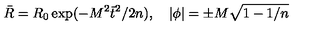
\bar { R } = R _ { 0 } \exp ( - M ^ { 2 } \bar { t } ^ { 2 } / 2 n ) , \quad \left| \phi \right| = \pm M \sqrt { 1 - 1 / n }